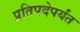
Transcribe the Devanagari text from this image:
प्रतिपदेपर्यंत